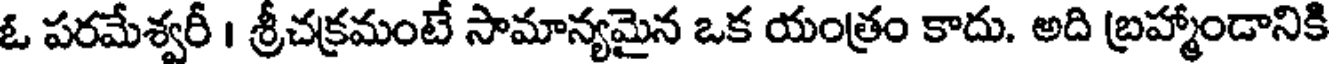
ఓ పరమేశ్వరీ । శ్రీచక్రమంటే సామాన్యమైన ఒక యంత్రం కాదు. అది బ్రహ్మాండానికి